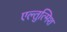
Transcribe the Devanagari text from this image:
एल्तुत्मिश